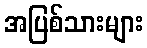
အပြစ်သားများ